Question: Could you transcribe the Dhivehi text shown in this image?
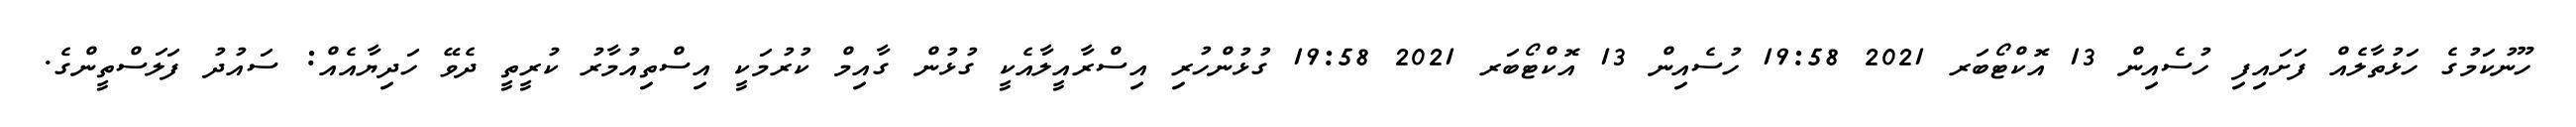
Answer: ހޫނުކަމުގެ ހަޅުތާލެއް ފަށައިފި ހުސެއިން 13 އޮކްޓޯބަރ 2021 19:58 ހުސެއިން 13 އޮކްޓޯބަރ 2021 19:58 ގުޅުންހުރި އިސްރާއީލާއެކީ ގުޅުން ގާއިމް ކުރުމަކީ އިސްތިއުމާރު ކުރީތީ ދެވޭ ހަދިޔާއެއް: ސައުދު ފަލަސްތީންގެ.